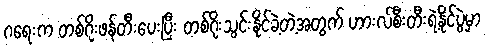
ဂရေးက တစ်ဂိုးဖန်တီးပေးပြီး တစ်ဂိုးသွင်းနိုင်ခဲ့တဲ့အတွက် ဟားလ်စီးတီးရဲ့နိုင်ပွဲမှာ